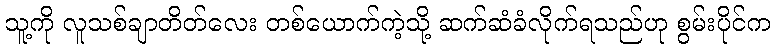
သူ့ကို လူသစ်ချာတိတ်လေး တစ်ယောက်ကဲ့သို့ ဆက်ဆံခံလိုက်ရသည်ဟု စွမ်းပိုင်က